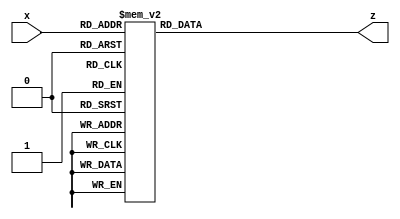
module BCDto7segbeh(x,z);
		input  [3:0] x;
		output reg[6:0] z;
		
		always @(x)
		case(x)
				4'b0000: z<=7'b1111110;
				4'b0001: z<=7'b0110000;
				4'b0010: z<=7'b1101101;
				4'b0011: z<=7'b1111001;
				4'b0100: z<=7'b0110011;
				4'b0101: z<=7'b1011011;
				4'b0110: z<=7'b1011111;
				4'b0111: z<=7'b1110000;
				4'b1000: z<=7'b1111111;
				4'b1001: z<=7'b1111011;
				default: z<=7'b0000000;
		endcase
endmodule